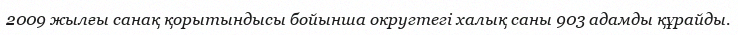
2009 жылғы санақ қорытындысы бойынша округтегі халық саны 903 адамды құрайды.